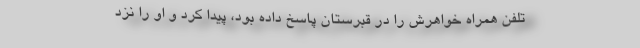
تلفن همراه خواهرش را در قبرستان پاسخ داده بود، پیدا کرد و او را نزد